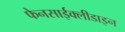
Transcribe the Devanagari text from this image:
फेनसाईक्लीडाइन